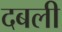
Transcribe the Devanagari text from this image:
दबली